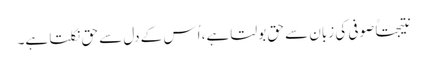
نتیجتاً صوفی کی زبان سے حق بولتا ہے، اُس کے دل سے حق نکلتا ہے۔